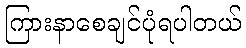
ကြားနာစေချင်ပုံရပါတယ်